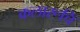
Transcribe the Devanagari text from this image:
कलारूचि